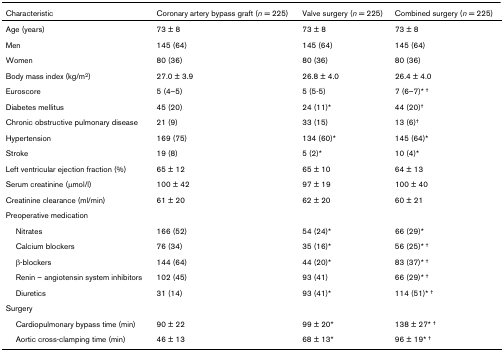
<table><thead><tr><td><b>Characteristic</b></td><td><b>Coronary artery bypass graft (<i>n </i>= 225)</b></td><td><b>Valve surgery (<i>n </i>= 225)</b></td><td><b>Combined surgery (<i>n </i>= 225)</b></td></tr></thead><tbody><tr><td>Age (years)</td><td>73 ± 8</td><td>73 ± 8</td><td>73 ± 8</td></tr><tr><td>Men</td><td>145 (64)</td><td>145 (64)</td><td>145 (64)</td></tr><tr><td>Women</td><td>80 (36)</td><td>80 (36)</td><td>80 (36)</td></tr><tr><td>Body mass index (kg/m<sup>2</sup>)</td><td>27.0 ± 3.9</td><td>26.8 ± 4.0</td><td>26.4 ± 4.0</td></tr><tr><td>Euroscore</td><td>5 (4–5)</td><td>5 (5-5)</td><td>7 (6–7)* <sup>†</sup></td></tr><tr><td>Diabetes mellitus</td><td>45 (20)</td><td>24 (11)*</td><td>44 (20)<sup>†</sup></td></tr><tr><td>Chronic obstructive pulmonary disease</td><td>21 (9)</td><td>33 (15)</td><td>13 (6)<sup>†</sup></td></tr><tr><td>Hypertension</td><td>169 (75)</td><td>134 (60)*</td><td>145 (64)*</td></tr><tr><td>Stroke</td><td>19 (8)</td><td>5 (2)*</td><td>10 (4)*</td></tr><tr><td>Left ventricular ejection fraction (%)</td><td>65 ± 12</td><td>65 ± 10</td><td>64 ± 13</td></tr><tr><td>Serum creatinine (μmol/l)</td><td>100 ± 42</td><td>97 ± 19</td><td>100 ± 40</td></tr><tr><td>Creatinine clearance (ml/min)</td><td>61 ± 20</td><td>62 ± 20</td><td>60 ± 21</td></tr><tr><td>Preoperative medication</td><td></td><td></td><td></td></tr><tr><td> Nitrates</td><td>166 (52)</td><td>54 (24)*</td><td>66 (29)*</td></tr><tr><td> Calcium blockers</td><td>76 (34)</td><td>35 (16)*</td><td>56 (25)* <sup>†</sup></td></tr><tr><td> β-blockers</td><td>144 (64)</td><td>44 (20)*</td><td>83 (37)* <sup>†</sup></td></tr><tr><td> Renin – angiotensin system inhibitors</td><td>102 (45)</td><td>93 (41)</td><td>66 (29)* <sup>†</sup></td></tr><tr><td> Diuretics</td><td>31 (14)</td><td>93 (41)*</td><td>114 (51)* <sup>†</sup></td></tr><tr><td>Surgery</td><td></td><td></td><td></td></tr><tr><td> Cardiopulmonary bypass time (min)</td><td>90 ± 22</td><td>99 ± 20*</td><td>138 ± 27* <sup>†</sup></td></tr><tr><td> Aortic cross-clamping time (min)</td><td>46 ± 13</td><td>68 ± 13*</td><td>96 ± 19* <sup>†</sup></td></tr></tbody></table>